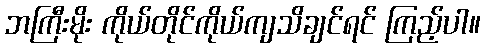
ဘကြီးမိုး ကိုယ်တိုင်ကိုယ်ကျသိချင်ရင် ကြည့်ပါ။